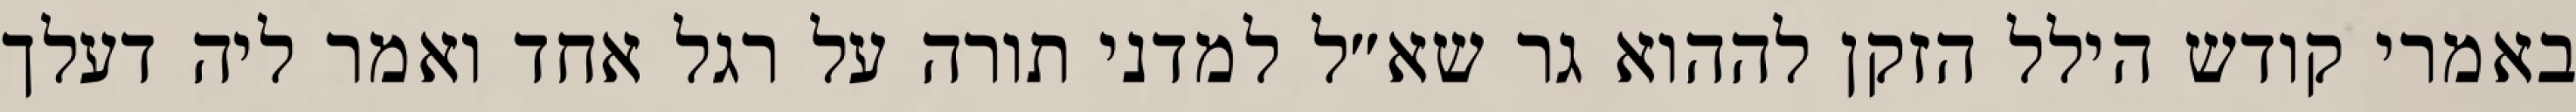
באמרי קודש הילל הזקן לההוא גר שא״ל למדני תורה על רגל אחד ואמר ליה דעלך